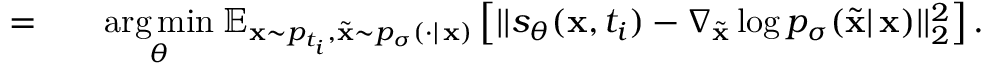
\begin{array} { r l } { = \quad } & { { } \underset { \theta } { \mathrm { a r g } \, \mathrm { m i n } } \: \mathbb { E } _ { \mathbf { x } \sim p _ { t _ { i } } , \tilde { \mathbf { x } } \sim p _ { \sigma } ( \cdot | \, \mathbf { x } ) } \left[ | | s _ { \theta } ( \mathbf { x } , t _ { i } ) - \nabla _ { \tilde { \mathbf { x } } } \log p _ { \sigma } ( \tilde { \mathbf { x } } | \, \mathbf { x } ) | | _ { 2 } ^ { 2 } \right] . } \end{array}